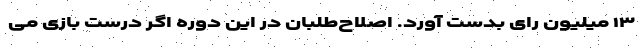
۱۳ میلیون رای بدست آورد. اصلاح‌طلبان در این دوره اگر درست بازی می